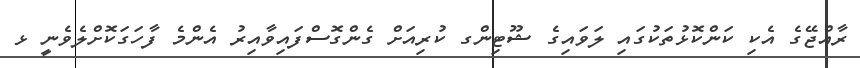
ރާއްޖޭގެ އެކި ކަންކޮޅުތަކުގައި ލަވައިގެ ޝޫޓިންގ ކުރިއަށް ގެންގޮސްފައިވާއިރު އެންމެ ފާހަގަކޮށްލެވެނީ ޅ